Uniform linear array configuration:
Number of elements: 24
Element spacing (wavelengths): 0.25
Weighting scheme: hamming
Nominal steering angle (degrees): -30
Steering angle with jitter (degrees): -28.873
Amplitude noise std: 0.05
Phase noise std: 0.05

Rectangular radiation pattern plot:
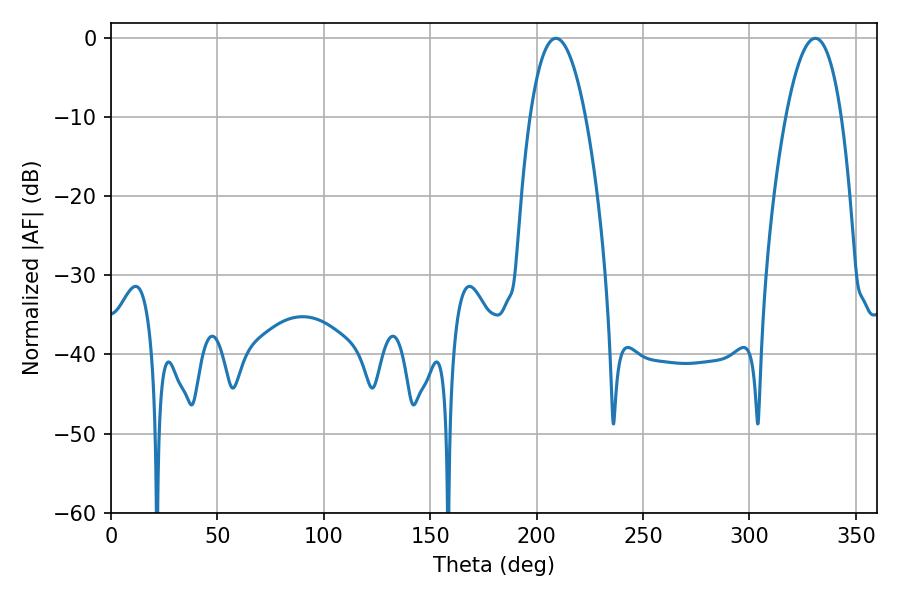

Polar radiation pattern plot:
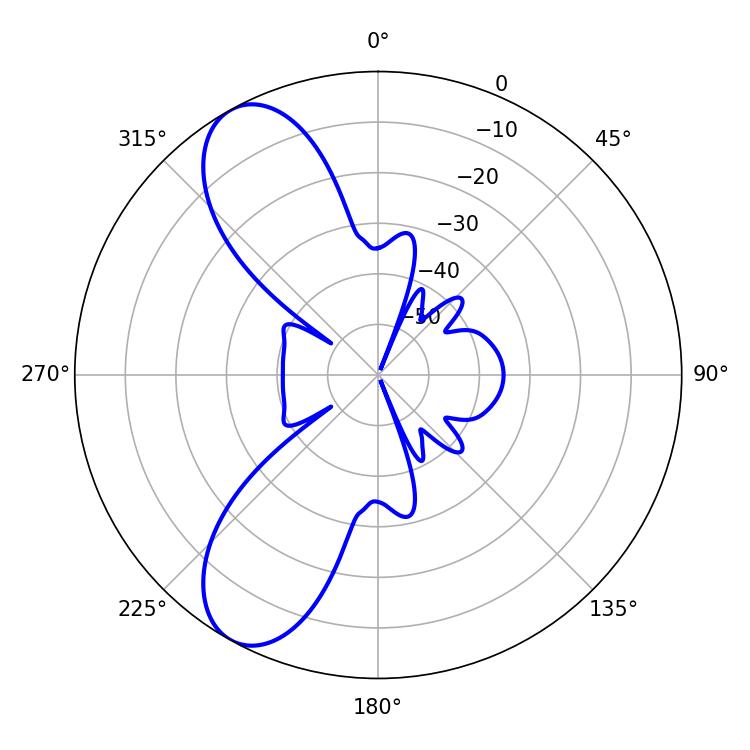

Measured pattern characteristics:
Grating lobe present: FALSE
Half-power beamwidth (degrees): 14.4
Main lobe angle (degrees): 208.98